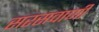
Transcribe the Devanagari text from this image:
सरसवाणी